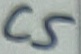
Text: C5